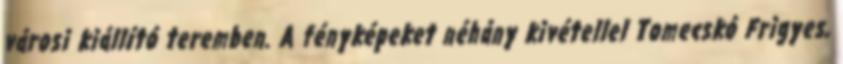
városi kiállító teremben. A fényképeket néhány kivétellel Tomecskó Frigyes,